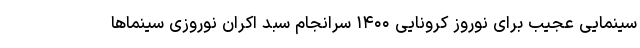
سینمایی عجیب برای نوروز کرونایی ۱۴۰۰ سرانجام سبد اکران نوروزی سینماها